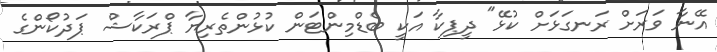
އޭނާ ވަރަށް ރަނގަޅަށް ކުޅޭ" ދީޕިކާ އަކީ ބެޑްމިންޓަން ކުޅުންތެރިޔާ ޕްރަކާޝް ޕަދުކޯންގެ